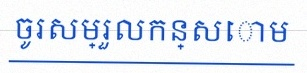
ចូរសម្រួលកន្សោម